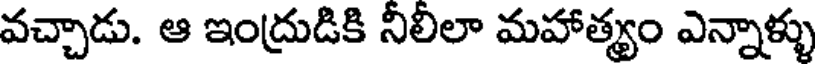
వచ్చాడు. ఆ ఇంద్రుడికి నీలిలా మహాత్యం ఎన్నాళ్ళు